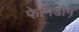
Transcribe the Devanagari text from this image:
फेमिडोम